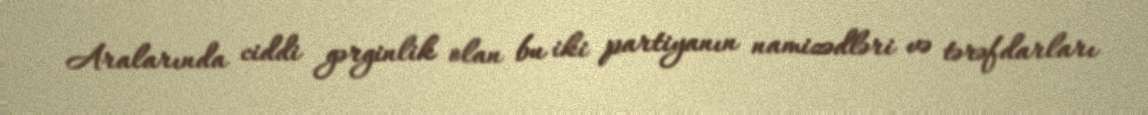
Aralarında ciddi gərginlik olan bu iki partiyanın namizədləri və tərəfdarları